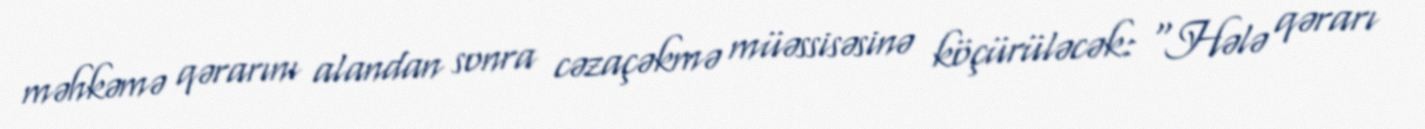
məhkəmə qərarını alandan sonra cəzaçəkmə müəssisəsinə köçürüləcək: “Hələ qərarı